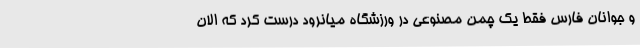
و جوانان فارس فقط یک چمن مصنوعی در ورزشگاه میانرود درست کرد که الان